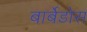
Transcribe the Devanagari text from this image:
बार्बेडोस